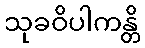
သုခဝိပါကန္တိ